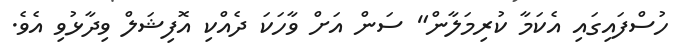
ހުސްފައިގައި އެކަމާ ކުރިމަލާން" ސަން އަށް ވާހަކަ ދެއްކި އޮފިޝަލް ވިދާޅުވި އެވެ.